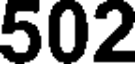
502